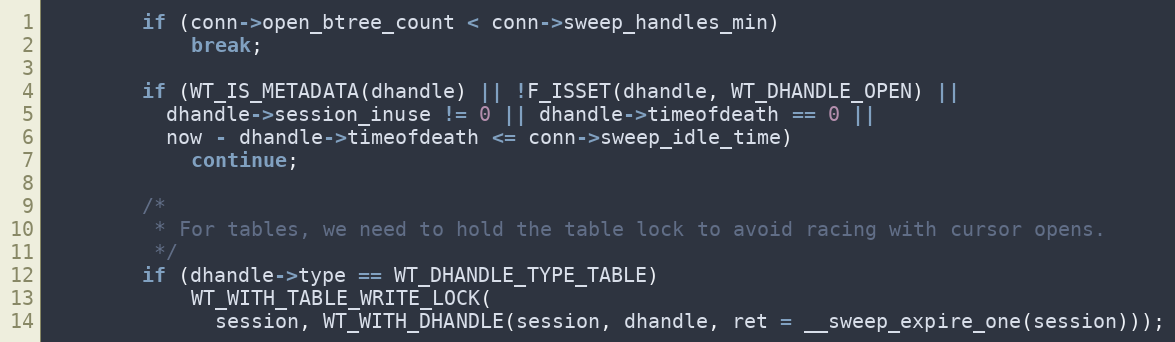
Language: C
        if (conn->open_btree_count < conn->sweep_handles_min)
            break;

        if (WT_IS_METADATA(dhandle) || !F_ISSET(dhandle, WT_DHANDLE_OPEN) ||
          dhandle->session_inuse != 0 || dhandle->timeofdeath == 0 ||
          now - dhandle->timeofdeath <= conn->sweep_idle_time)
            continue;

        /*
         * For tables, we need to hold the table lock to avoid racing with cursor opens.
         */
        if (dhandle->type == WT_DHANDLE_TYPE_TABLE)
            WT_WITH_TABLE_WRITE_LOCK(
              session, WT_WITH_DHANDLE(session, dhandle, ret = __sweep_expire_one(session)));